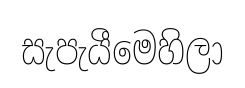
සැපැයීමෙහිලා